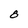
Character: 8